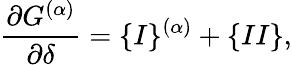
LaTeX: \frac{\partial G^{(\alpha)}}{\partial\delta}=\{ I\} ^{(\alpha)}+\{ II\} ,